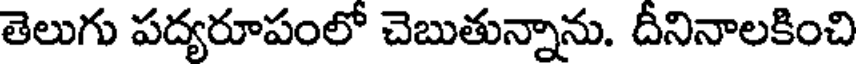
తెలుగు పద్యరూపంలో చెబుతున్నాను. దీనినాలకించి